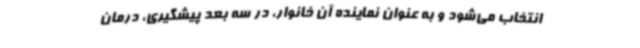
انتخاب می‌شود و به عنوان نماینده آن خانوار، در سه بعد پیشگیری، درمان